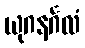
ယုဂနင်္ဂလံ